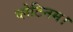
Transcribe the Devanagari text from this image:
प्लेटिनम।